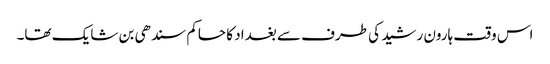
اس وقت ہارون رشید کی طرف سے بغداد کا حاکم سندھی بن شایک تھا۔